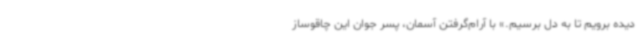
دیده برویم تا به دل برسیم.» با آرام‌گرفتن آسمان، پسر جوان این چاقوساز